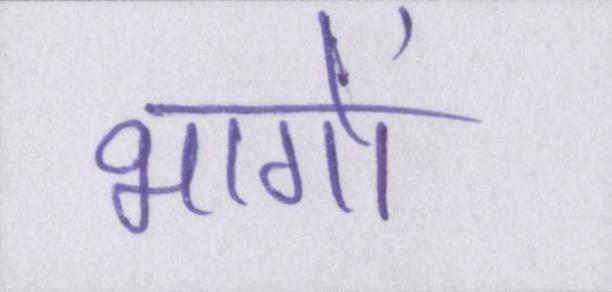
भागों